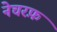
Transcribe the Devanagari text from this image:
नेचरफ़